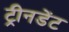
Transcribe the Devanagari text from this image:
ट्रीनडेंट